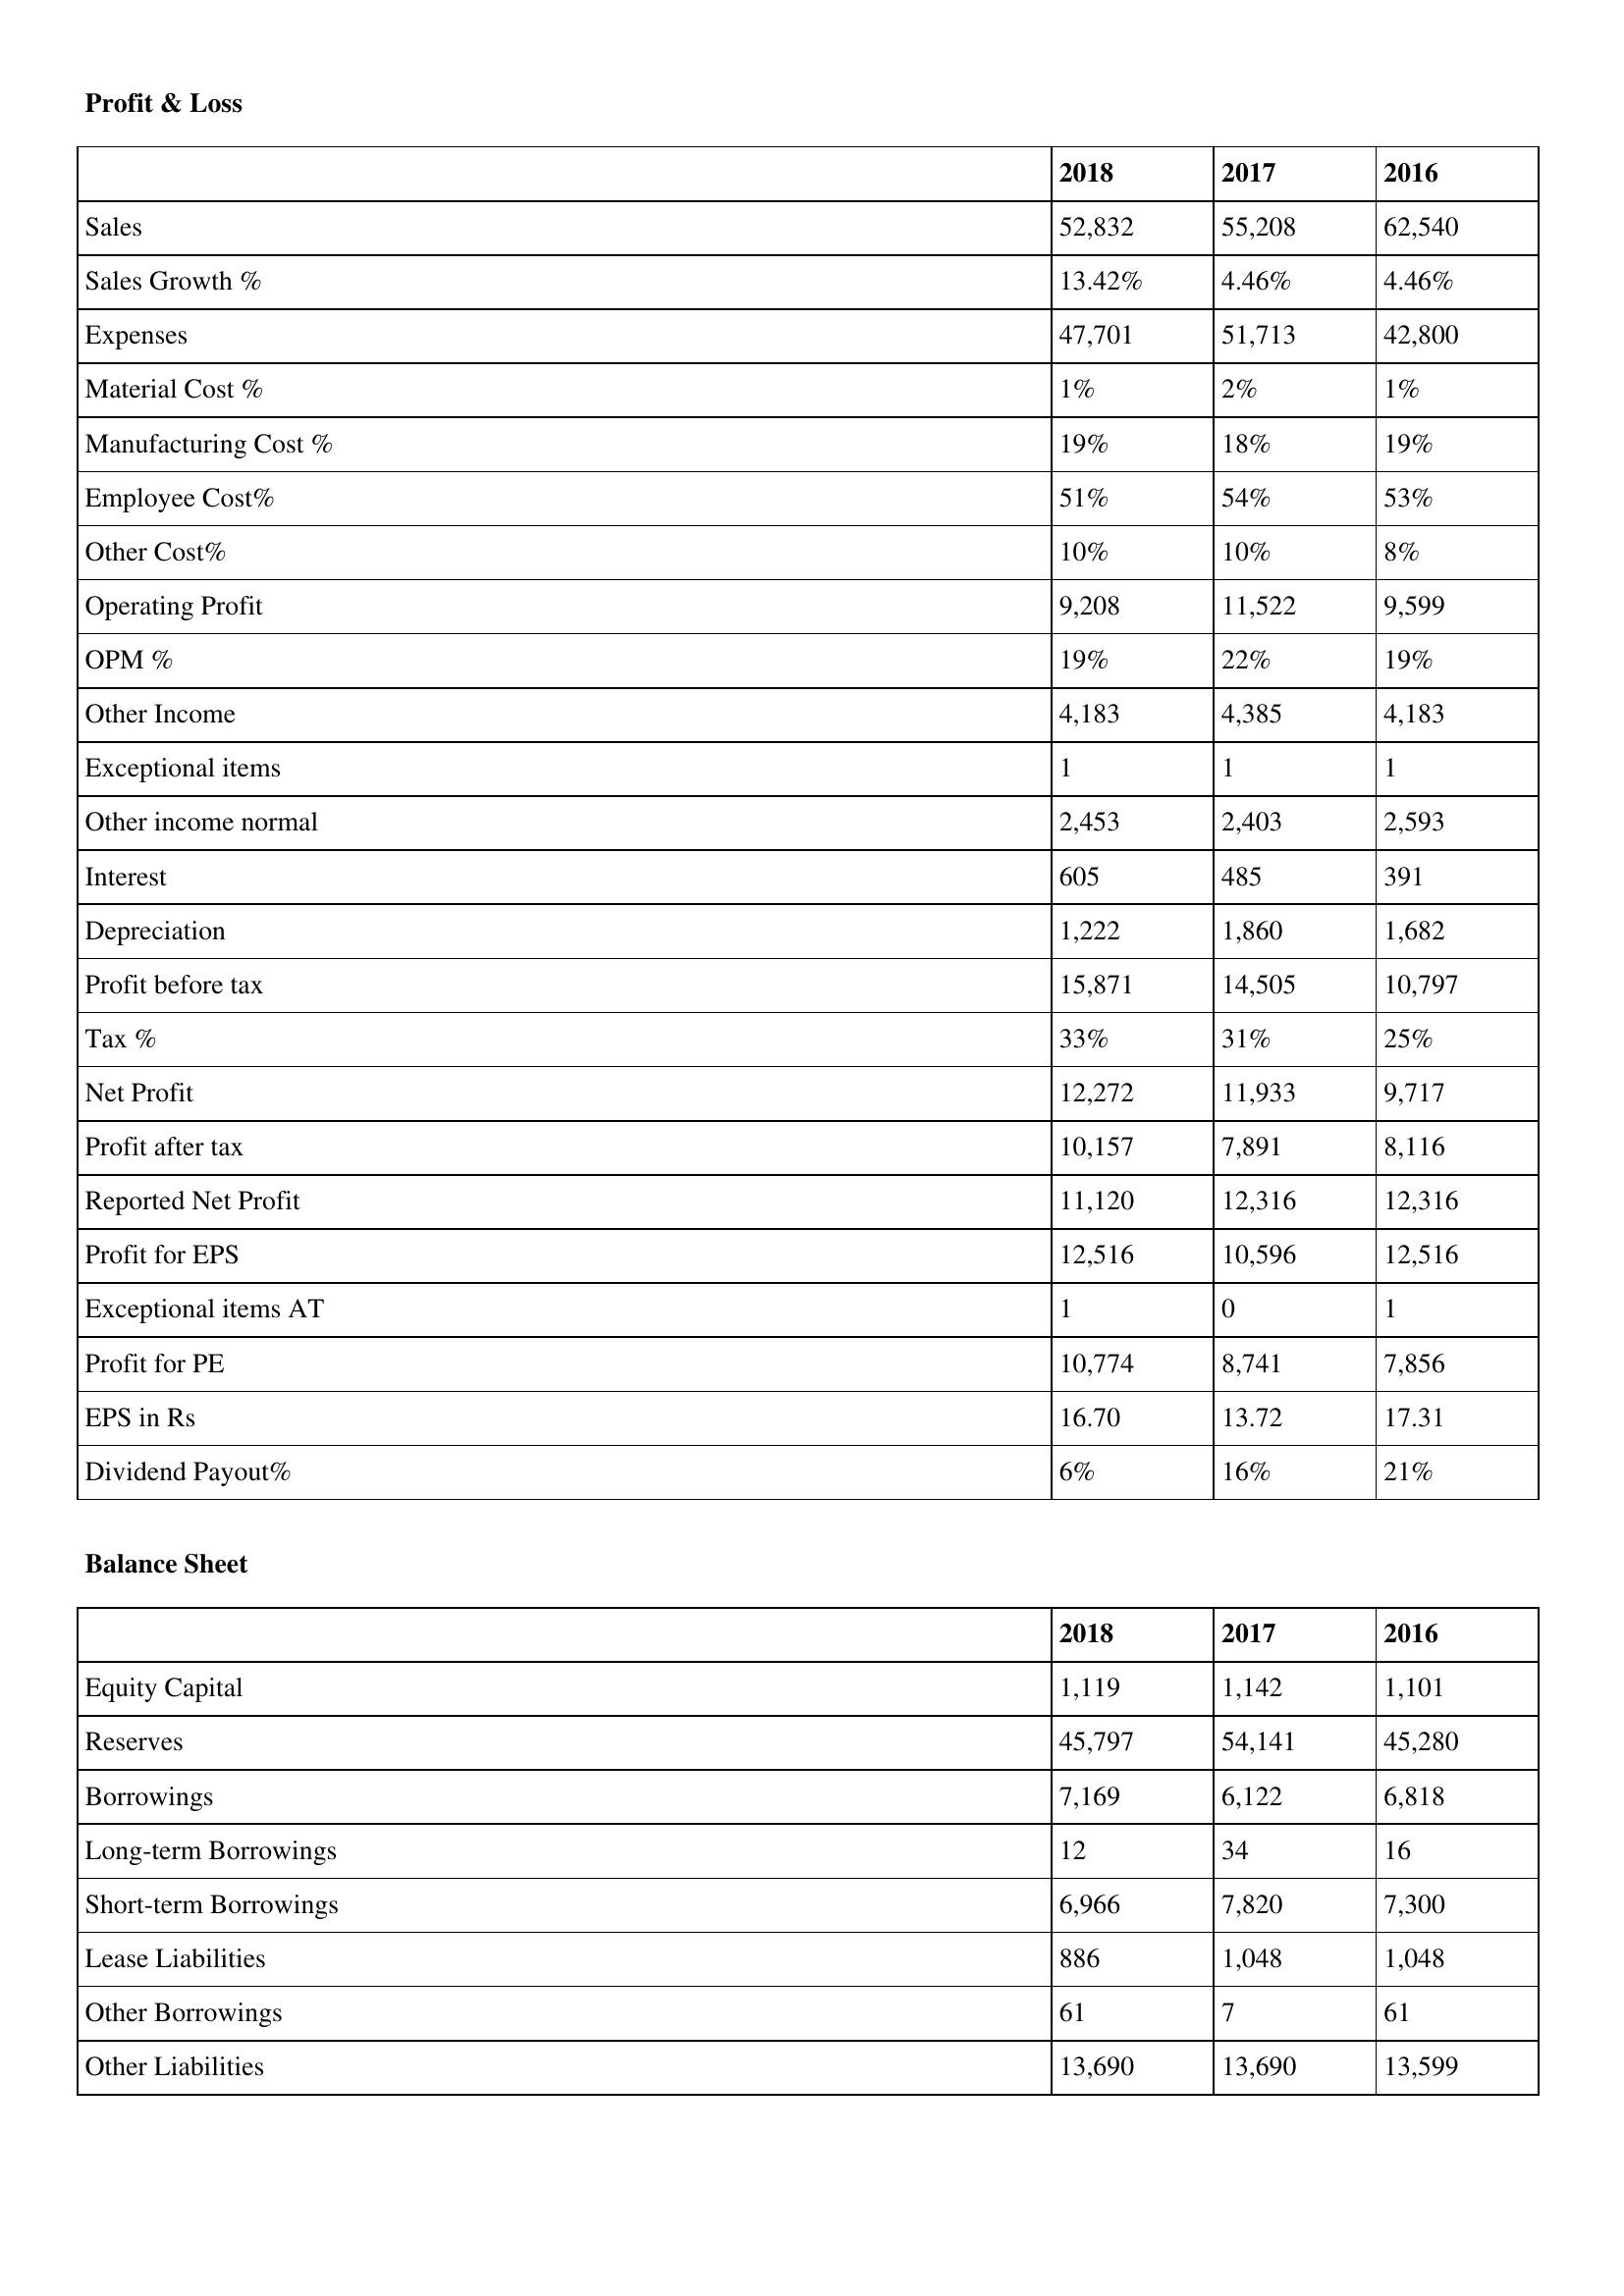
gt_parse: 2018: Profit & Loss: Sales: 52,832
Sales Growth %: 13.42%
Expenses: 47,701
Material Cost %: 1%
Manufacturing Cost %: 19%
Employee Cost%: 51%
Other Cost%: 10%
Operating Profit: 9,208
OPM %: 19%
Other Income: 4,183
Exceptional items: 1
Other income normal: 2,453
Interest: 605
Depreciation: 1,222
Profit before tax: 15,871
Tax %: 33%
Net Profit: 12,272
Profit after tax: 10,157
Reported Net Profit: 11,120
Profit for EPS: 12,516
Exceptional items AT: 1
Profit for PE: 10,774
EPS in Rs: 16.70
Dividend Payout%: 6%
Balance Sheet: Equity Capital: 1,119
Reserves: 45,797
Borrowings: 7,169
Long-term Borrowings: 12
Short-term Borrowings: 6,966
Lease Liabilities: 886
Other Borrowings: 61
Other Liabilities: 13,690
2017: Profit & Loss: Sales: 55,208
Sales Growth %: 4.46%
Expenses: 51,713
Material Cost %: 2%
Manufacturing Cost %: 18%
Employee Cost%: 54%
Other Cost%: 10%
Operating Profit: 11,522
OPM %: 22%
Other Income: 4,385
Exceptional items: 1
Other income normal: 2,403
Interest: 485
Depreciation: 1,860
Profit before tax: 14,505
Tax %: 31%
Net Profit: 11,933
Profit after tax: 7,891
Reported Net Profit: 12,316
Profit for EPS: 10,596
Exceptional items AT: 0
Profit for PE: 8,741
EPS in Rs: 13.72
Dividend Payout%: 16%
Balance Sheet: Equity Capital: 1,142
Reserves: 54,141
Borrowings: 6,122
Long-term Borrowings: 34
Short-term Borrowings: 7,820
Lease Liabilities: 1,048
Other Borrowings: 7
Other Liabilities: 13,690
2016: Profit & Loss: Sales: 62,540
Sales Growth %: 4.46%
Expenses: 42,800
Material Cost %: 1%
Manufacturing Cost %: 19%
Employee Cost%: 53%
Other Cost%: 8%
Operating Profit: 9,599
OPM %: 19%
Other Income: 4,183
Exceptional items: 1
Other income normal: 2,593
Interest: 391
Depreciation: 1,682
Profit before tax: 10,797
Tax %: 25%
Net Profit: 9,717
Profit after tax: 8,116
Reported Net Profit: 12,316
Profit for EPS: 12,516
Exceptional items AT: 1
Profit for PE: 7,856
EPS in Rs: 17.31
Dividend Payout%: 21%
Balance Sheet: Equity Capital: 1,101
Reserves: 45,280
Borrowings: 6,818
Long-term Borrowings: 16
Short-term Borrowings: 7,300
Lease Liabilities: 1,048
Other Borrowings: 61
Other Liabilities: 13,599